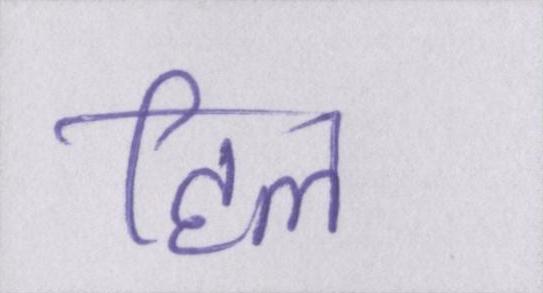
हिल